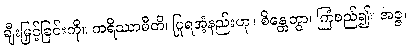
ချီးမြှင့်ခြင်းကို။ ကရိဿာမီတိ၊ ပြုရအံ့နည်းဟု။ စိန္တေတွာ၊ ကြံစည်၍။ အဇ္ဇ၊